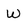
Character: W